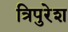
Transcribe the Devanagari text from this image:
त्रिपुरेश